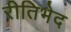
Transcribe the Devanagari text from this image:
रीतिभेद